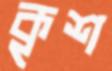
কৃশ